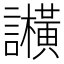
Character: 𬣕